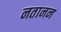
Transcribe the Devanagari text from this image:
नतानन